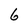
Character: 6